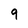
Character: 9